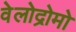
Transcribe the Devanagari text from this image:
वेलोद्रोमो